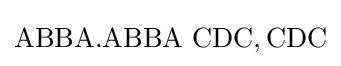
\mathrm {ABBA.ABBA\,\,CDC,CDC}